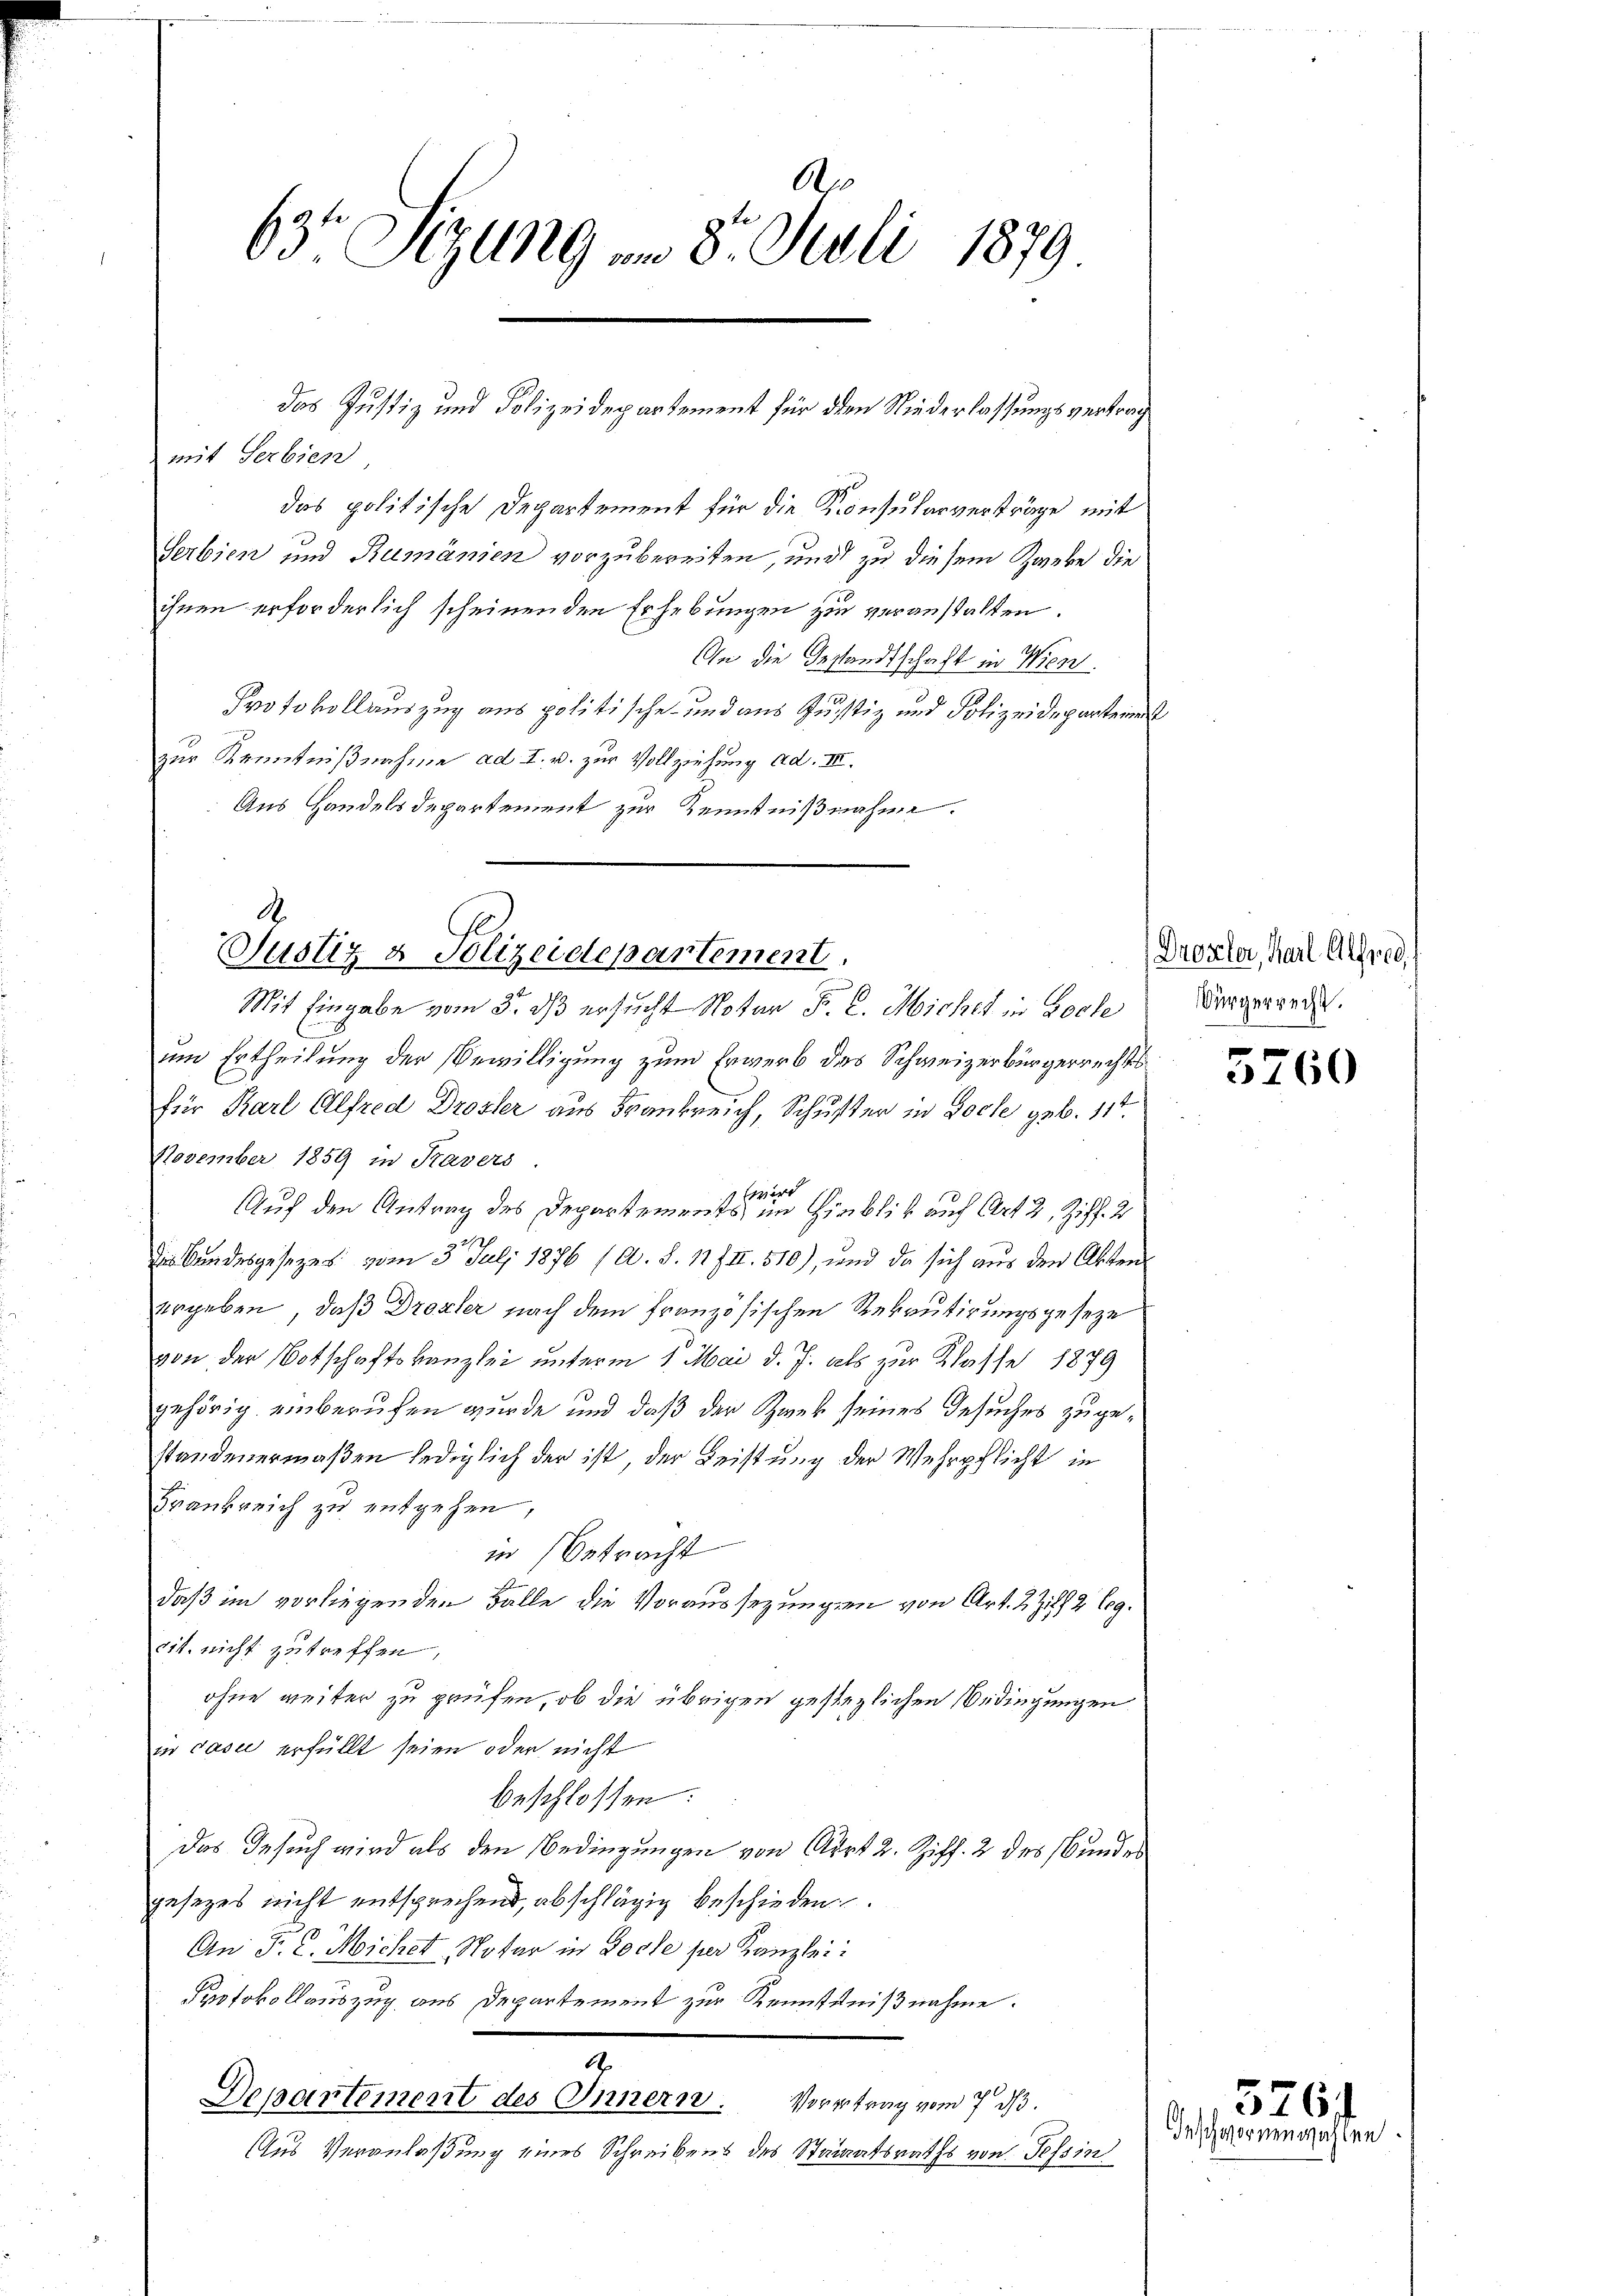
A
63 Sizung am 8. Juli 1879

mit Serbien,
das politische Departement für die Konsularverträge mit
Serbien und Rumänien vorzubereiten, und zu diesem Zweke die
ihnen erforderlich scheinenden Erhebungen zu veranstalten.
An die Gestandtschaft in Wien
Protokollauszug aus politische und aus Justiz und Polizeideparteie
zur Kenntnißnahme ad I. u. zur Vollziehung ad. III.
Aus Handelsdepartement zur Kenntnißnahme.

das Justiz und Polizeidepartement für den Niederlassungsvertrag

Justiz & Polizeidepartement,
Mit Eingabe vom 5. dß ersucht Notar F. C. Micher in Loche

um Ertheilung der Bewilligung zum Erwerb des Schweizerbürgerrechts
für Karl Alfred Drosler aus Frankreich, Schuster in Loche geb. 117.
November 1859 in Kavers
d
2
Auf den Antrag des Departements im Hinblik auf Art 2, Ziff. 2
die Bundesgesezes vom 3. Juli 1876 (A. S. 17 III 510), und da sich aus den Akten
ergeben, daß Drozler nach dem französischen Rekrutirungsgeseze
von der Notschaftskanzlei unterm 1. Mai d. J. als zur Klasse 1879
gehörig einberufen wurde und daß der Zwek seines Gesuches zugestandenermaßen lediglich der ist, der Leistung der Wehrpflicht in
Frankreich zu entgehen,
in Betracht
daß im vorliegenden Falle die Voraussezungen von Art. 2 Ziff. 2 Bog.
cit. nicht zutreffen,
ohne weiter zu prüfen, ob die übrigen gestezlichen Bedingungen
in Jase erfüllt seien oder nicht
beschlossen:
Das Gesuch wird als den Bedingungen von Arzt 2. Ziff. 2 des Bundes
gesezes nicht entsprechend, abschlägig beschieden
An J. C. Micher Notar in Docle per Kanzlei:
Protokollauszug aus Departement zur Kenntnißnahme.
1
0x
Departement des Innern.
Vorgetrag vom 7. ds.
Aus Veranlaßung eines Schreibens des Staatsraths von Tessin

Droxler, Karl Alfred
Bürgerrecht.

5760

576)
Inschwornenwahlen